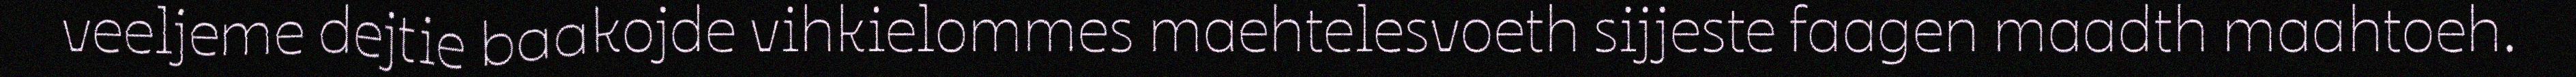
veeljeme dejtie baakojde vihkielommes maehtelesvoeth sijjeste faagen maadth maahtoeh.